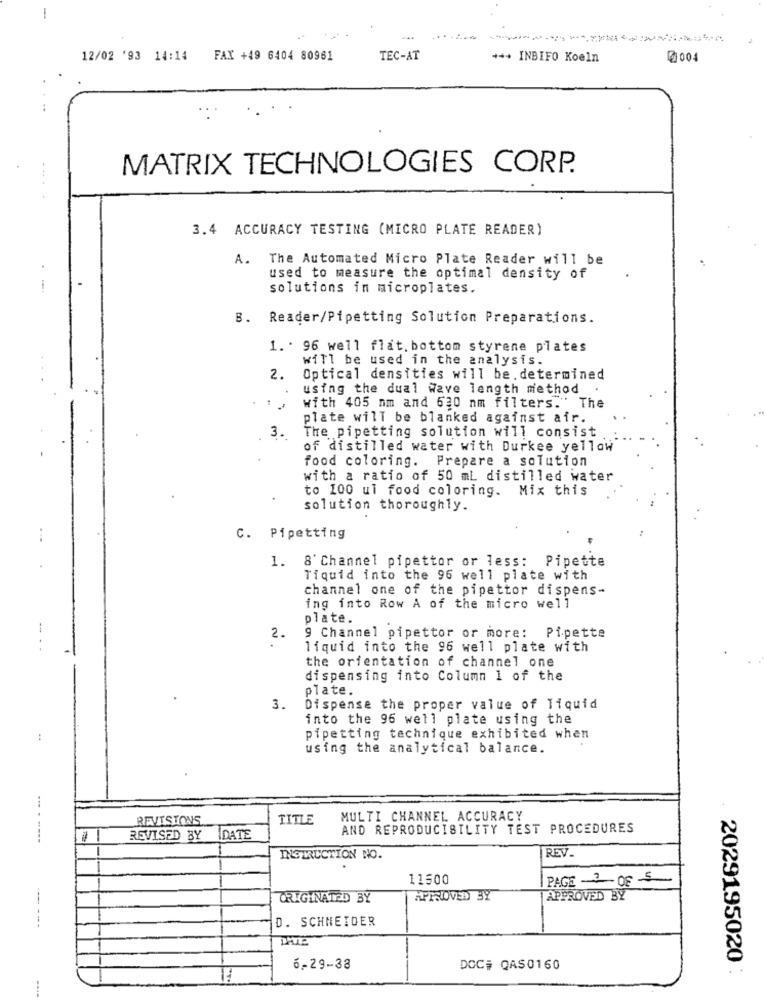
-
12/02 '93 14:14 FAX +49 6404 80961
TEC-AT
*** INBIFO Koeln
@004
MATRIX TECHNOLOGIES CORP.
....
3.4 ACCURACY TESTING (MICRO PLATE READER)
A. The Automated Micro Plate Reader will be
used to measure the optimal density of
solutions in microplates.
B. Reader/Pipetting Solution Preparations.
1. 96 well flat. bottom styrene plates
will be used in the analysis.
2.
Optical densities will be.determined
using the dual Wave length method
.
with 405 nm and 630 nm filters." The
plate will be blanked against air.
The pipetting solution will consist
3.
of distilled water with Durkee yellow
food coloring. Prepare a solution
with a ratio of 50 ml distilled water
to 100 ul food coloring. Mix this
solution thoroughly.
C. Pipetting
1. 8' Channel pipettor or less: Pipette
Tiquid into the 96 well plate with
channel one of the pipettor dispens-
ing into Row A of the micro well
plate.
2.
9 Channel pipettor or more: Pipette
----
liquid into the 96 well plate with
the orientation of channel one
dispensing into Column 1 of the
plate.
3.
Dispense the proper value of liquid
into the 96 well plate using the
:
pipetting technique exhibited when
using the analytical balance.
REVISTONS
TITLE
MULTI CHANNEL ACCURACY
AND REPRODUCIBILITY TEST PROCEDURES
-----
-
REVISED BY
IDATE
REV.
INSTRUCTION NO.
11500
| PAGE -OF S-
ORIGINATED BY
APPROVED BY
APPROVED BY
D. SCHNEIDER
6 .- 29-38
DOC# QAS0160
2029195020 :